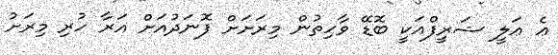
ޢެ ޢަލީ ޝަރީފްއަކީ ބޮޑޭ ވާހިތުން މިރަށަށް ފޮނަދުއަށް އަރާ ހުރި މިރަށު